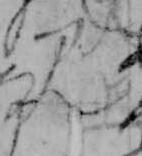
み